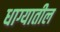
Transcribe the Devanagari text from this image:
धाग्यातील